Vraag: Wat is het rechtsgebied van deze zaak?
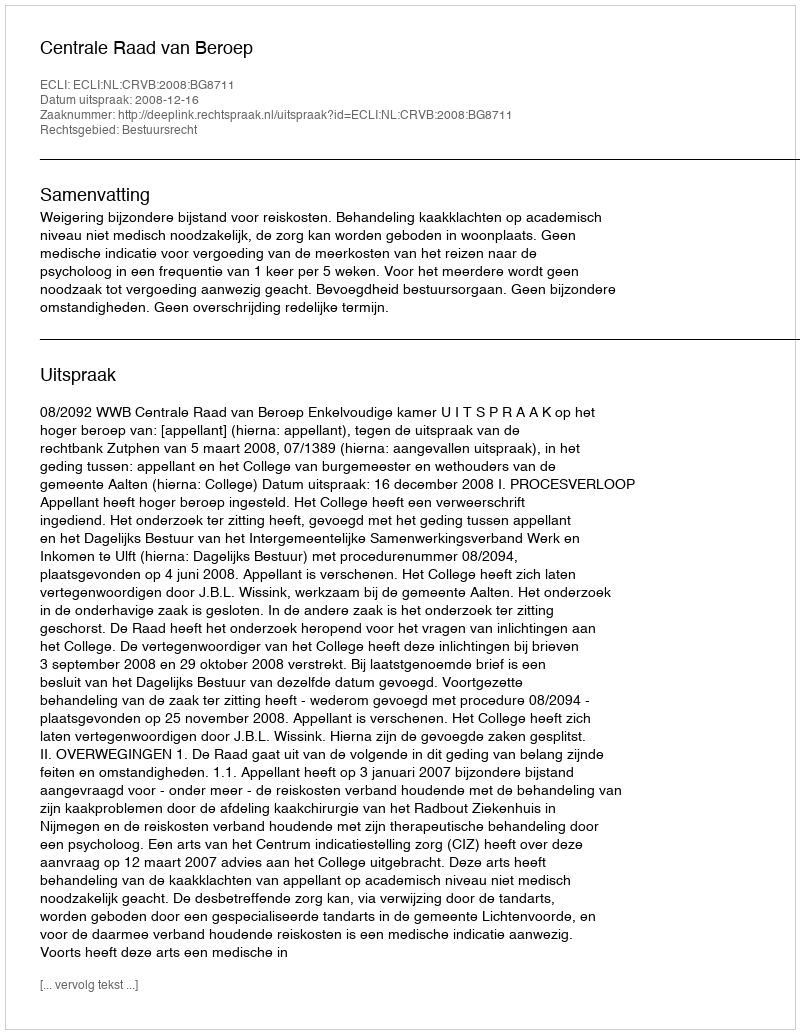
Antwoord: Bestuursrecht